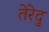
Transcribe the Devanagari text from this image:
तेरेदु